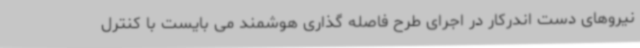
نیروهای دست اندرکار در اجرای طرح فاصله گذاری هوشمند می بایست با کنترل